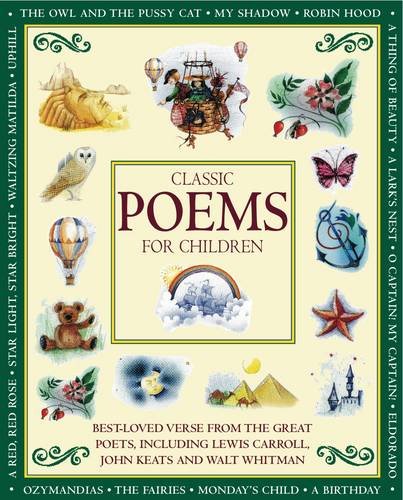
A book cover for Classic Poems for Children; Nicola Baxter; Children's Books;